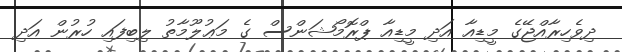
ދިވެހިރާއްޖޭގެ މީޑިއާ އަދި މީޑިއާ ޕްރޮމޯޝަންސް ގެ މަޢުލޫމާތު ލިބިފައި ހުރުން އަދި